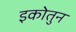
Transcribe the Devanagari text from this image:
इकोतुन